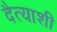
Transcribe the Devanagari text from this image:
दैत्याशी